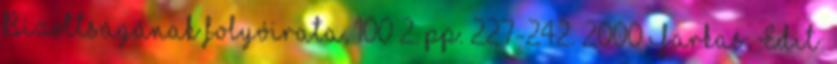
Bizottságának folyóirata, 100 2. pp. 227-242. 2000 Farkas, Edit: